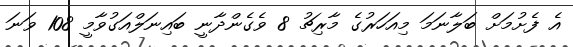
އެ ފެށުމަށް ބަލާނަމަ މިއަހަރުގެ މާރިޗު 8 ވެގެންދާނީ ބައިނަލްއަގުވާމީ 108 ވަނަ